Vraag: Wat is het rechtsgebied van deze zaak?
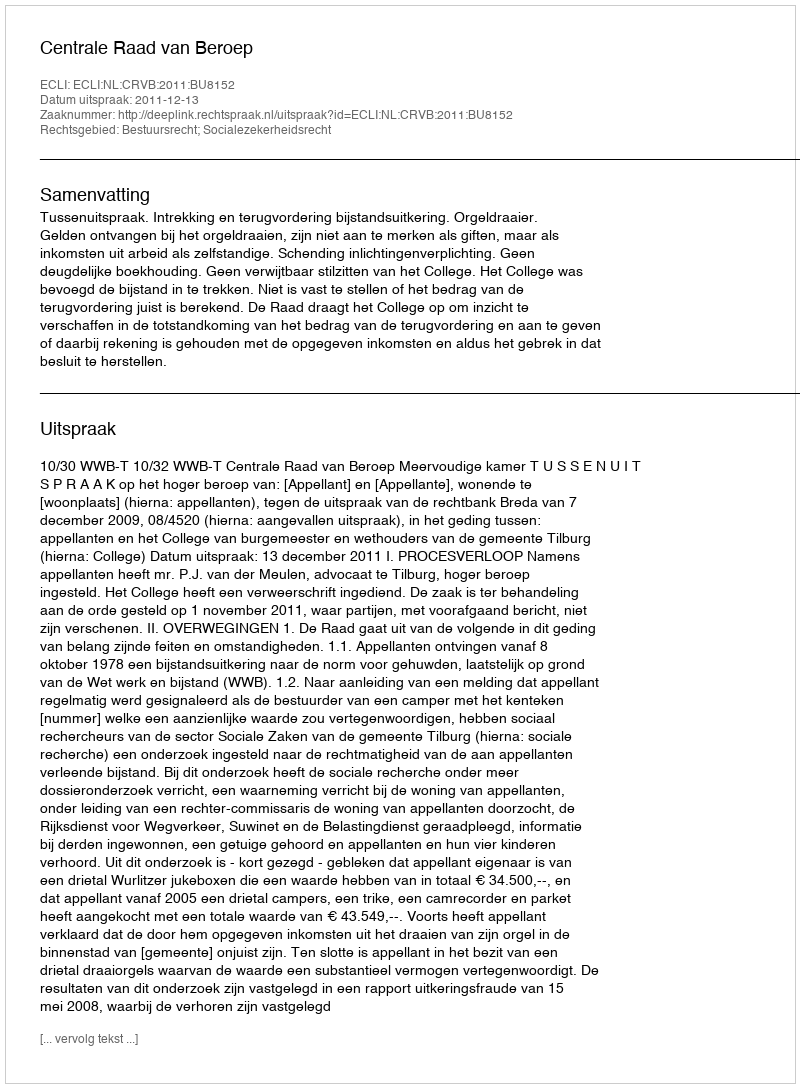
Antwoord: Bestuursrecht; Socialezekerheidsrecht